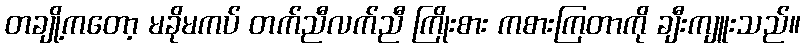
တချို့ကတော့ မခိုမကပ် တက်ညီလက်ညီ ကြိုးစား ကစားကြတာကို ချီးကျူးသည်။